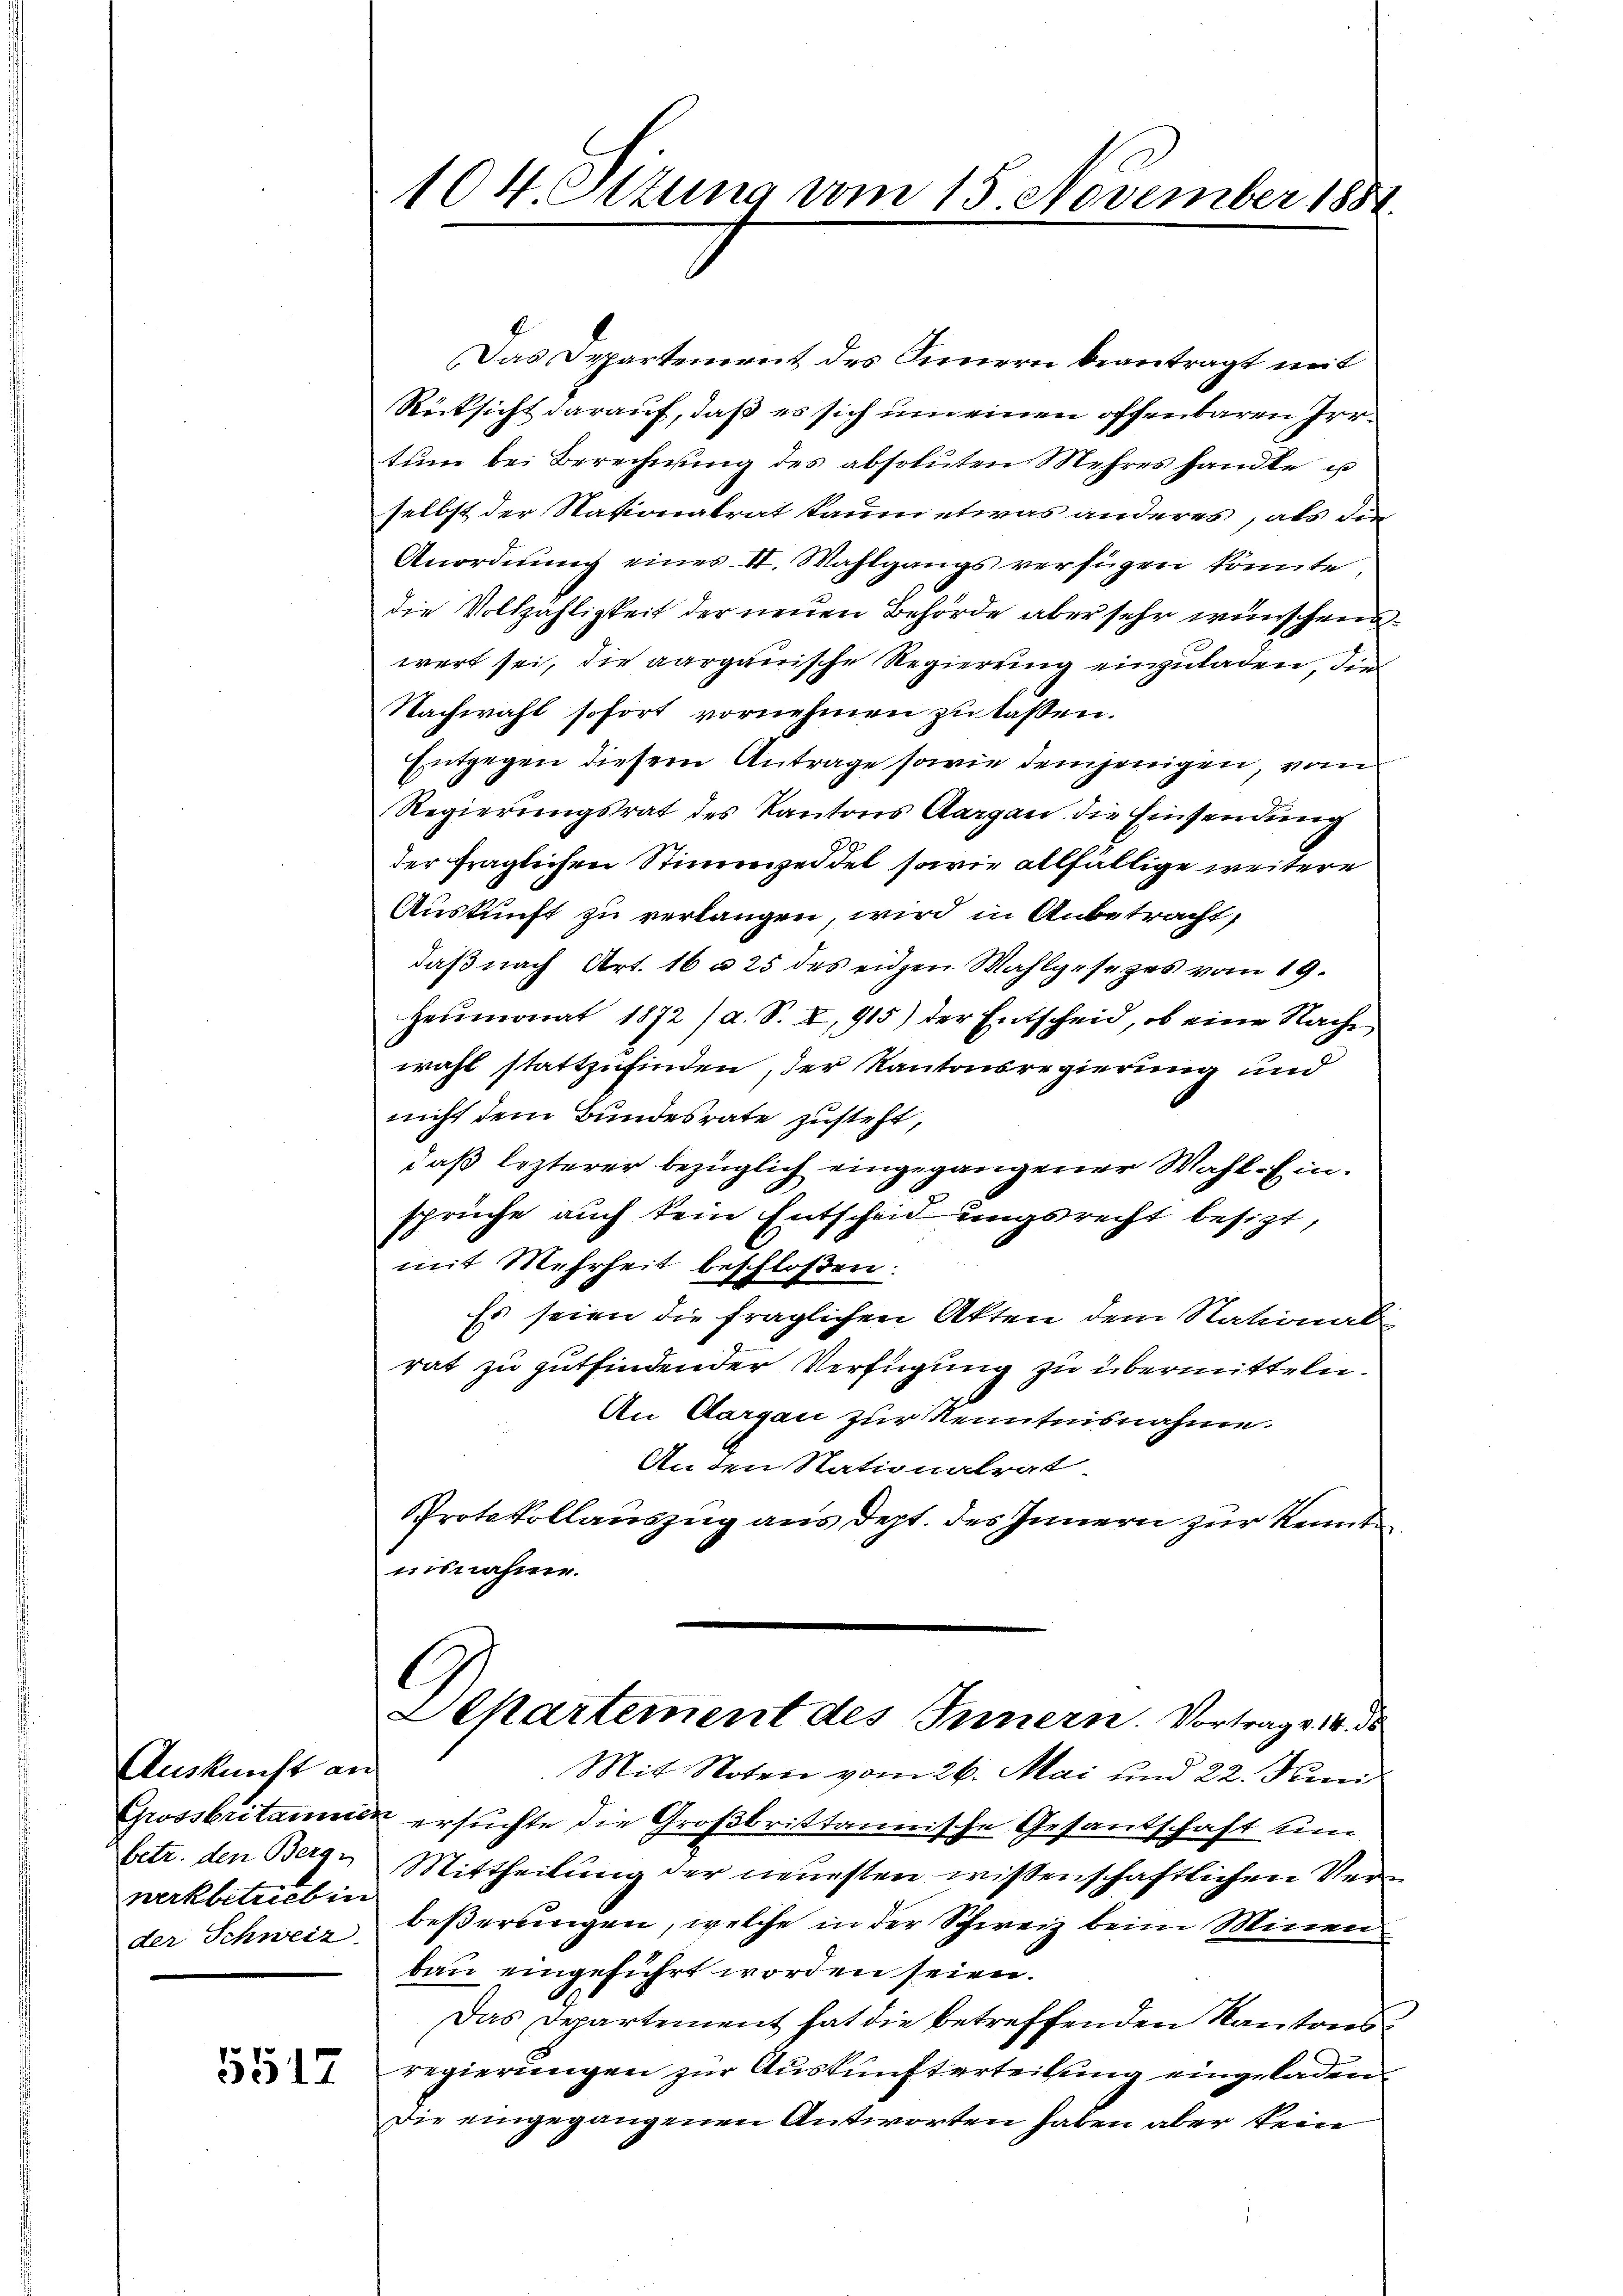
Auskunft an
betr. den Berg-
werkbetrieb in
der Schweiz.

5517

104. Ottung vom 15. November 1881

Das Departement des Innern beantragt mit
Rücksicht darauf, daß es sich um einen offenbaren Irrtŭm bei Berechnung des absoluten Mehres handle us
selbst der Nationalrat kaum etwas anderes, als der
Anordnŭng eines II. Wahlgangs verfügen könnte,
die Vollzähligkeit der neuen Behörde aber sehr wünschenswert sei, die aargauische Regierung einzuladen, die
Nachwahl sofort vornehmen zu lassen.
Entgegen diesem Antrage sowie demjenigen, von
Regierungsrat des Kantons Aargau die Einsendung
9
der fraglichen Stimmzeidel sowie allfällige weitere
Auskunft zu verlangen, wird in Anbetracht,
daß nach Art. 16 n 25 des eidgen. Wahlgesezes vom 19.
Heumonat 1872 / a. S. I, 915) der Entscheid, ob eine Nache
wahl stattzufinden, der Kantonsregierung und
nicht dem Bundesrate zusteht,
daß lezterer bezüglich eingegangener Wahl-Einsprüche auch kein Entscheidungsrecht besizt,
mit Mehrheit beschloßen:
Es seien die fraglichen Akten dem National-
rat zu gutfindender Verfügung zu übermitteln.
An Aargau zur Kenntnisnahme.
Anden Nationalrat
Protokollauszug aus dept. des Innern zur Kennt
unnahme.
G
Mkartement des Innern. Vortrag v. 14. d
Mit Noten vom 26. Mai und 22. Juni
Grossbritainer ersuchte die Großbrittannische Gesantschaft um
Mittheilung der neuesten wissenschaftlichen Verbeßerungen, welche in der Schweiz beim Minen
bau eingeführt worden seien.
Das Departement hat die betreffenden Kantonsregierungen zur Auskunft erteilung eingeladen.
Die eingegangenen Antworten haben aber kein